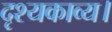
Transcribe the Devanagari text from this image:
दृश्यकाव्य।